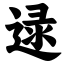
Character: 逯